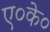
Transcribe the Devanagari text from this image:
ए०के०